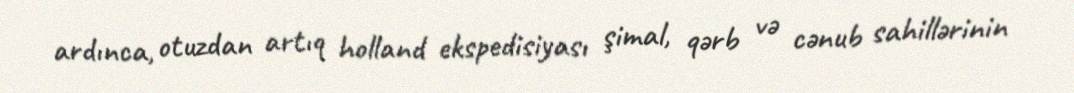
ardınca, otuzdan artıq holland ekspedisiyası şimal, qərb və cənub sahillərinin